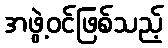
အဖွဲ့ဝင်ဖြစ်သည့်